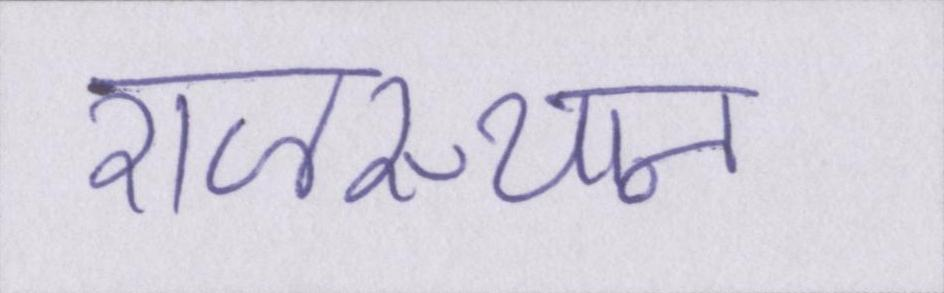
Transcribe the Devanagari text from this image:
राजस्थान